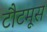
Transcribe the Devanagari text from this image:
टौटमूस